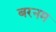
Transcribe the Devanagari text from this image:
बरनम